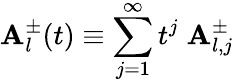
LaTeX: \mathbf{A}_{l}^{\pm}(t)\equiv\sum_{j=1}^{\infty}t^{j}\; \mathbf{A}_{l,j}^{\pm}